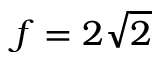
f = 2 \sqrt 2